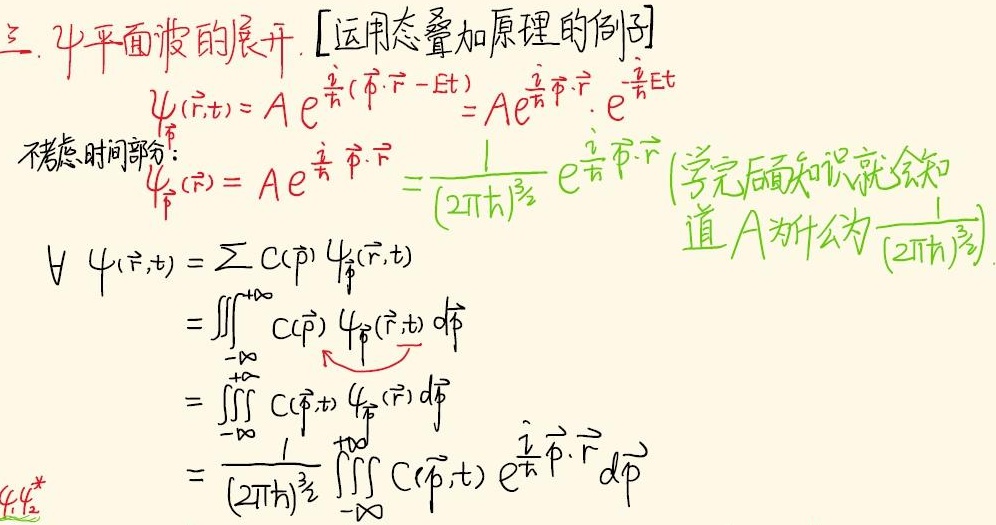
三. \(\psi\)平面波的展开。 [运用态叠加原理的例子]
\(\psi(\vec{r},t)= A e^{\frac{i}{\hbar}(\vec{p}\cdot\vec{r} -Et)} = Ae^{\frac{i}{\hbar}\vec{p}\cdot\vec{r}}\cdot e^{-\frac{i}{\hbar}Et}\)。
不考虑时间部分：\(\psi(\vec{r}) = A e^{\frac{i}{\hbar} \vec{p}\cdot\vec{r}} =\frac{1}{(2\pi\hbar)^{\frac{3}{2}}} e^{\frac{i}{\hbar} \vec{p}\cdot\vec{r}}\) (学完后面知识就会知道\(A\)为什么为\(\frac{1}{(2\pi\hbar)^{\frac{3}{2}}}\))。

\[
\begin{align*}
\forall \psi(\vec{r},t) &= \sum C(\vec{p}) \psi_{\vec{p}}(\vec{r},t)\\
&=\iiint_{-\infty}^{+\infty} C(\vec{p}) \psi_{\vec{p}}(\vec{r},t) \mathrm{d}\vec{p}\\
&=\iiint_{-\infty}^{+\infty} C(\vec{p},t) \psi_{\vec{p}}(\vec{r}) \mathrm{d}\vec{p}\\
&=\frac{1}{(2\pi\hbar)^{\frac{3}{2}}}\iiint_{-\infty}^{+\infty} C(\vec{p},t) e^{\frac{i}{\hbar} \vec{p}\cdot\vec{r}} \mathrm{d}\vec{p}
\end{align*}
\]

\(\psi_1\psi_2^*\)